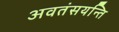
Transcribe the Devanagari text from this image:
अवतंसयन्ति